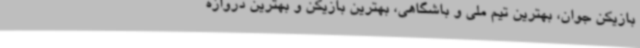
بازیکن جوان، بهترین تیم ملی و باشگاهی، بهترین بازیکن و بهترین دروازه